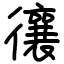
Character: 忀